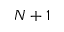
N + 1